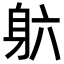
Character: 𬧡